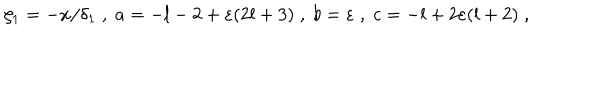
\zeta _ { 1 } = - x / \delta _ { 1 } \; , \; a = - l - 2 + \varepsilon ( 2 l + 3 ) \; , \; b = \varepsilon \; , \; c = - l + 2 \varepsilon ( l + 2 ) \; ,